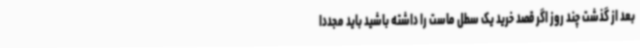
بعد از گذشت چند روز اگر قصد خرید یک سطل ماست را داشته باشید باید مجددا